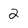
Character: 2